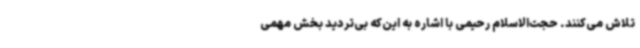
تلاش می‌کنند. حجت‌الاسلام رحیمی با اشاره به این‌که بی‌تردید بخش مهمی